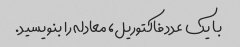
با یک عدد فاکتوریل، معادله را بنویسید.